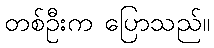
တစ်ဦးက ပြောသည်။